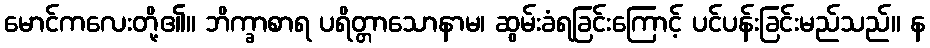
မောင်ကလေးတို့၏။ ဘိက္ခာစာရ ပရိတ္တာသောနာမ၊ ဆွမ်းခံရခြင်းကြောင့် ပင်ပန်းခြင်းမည်သည်။ န